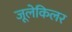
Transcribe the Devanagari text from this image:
जूलेकिलर